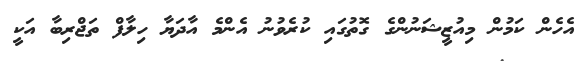
އެހެން ކަމުން މިއުޒީޝަނުންގެ ގޮތުގައި ކުރެވުނު އެންމެ އާދަޔާ ހިލާފް ތަޖްރިބާ އަކީ